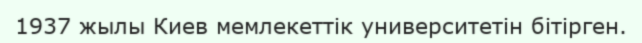
1937 жылы Киев мемлекеттік университетін бітірген.